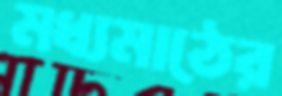
মধ্যমাঠের